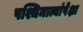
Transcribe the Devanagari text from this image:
पश्चिमात्यांपेक्षा